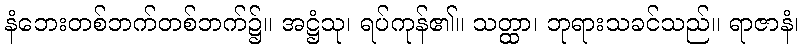
နံဘေးတစ်ဘက်တစ်ဘက်၌။ အဋ္ဌံသု၊ ရပ်ကုန်၏။ သတ္ထာ၊ ဘုရားသခင်သည်။ ရာဇာနံ၊